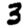
Digit: 3